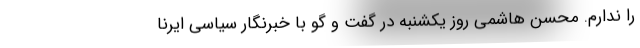
را ندارم. محسن هاشمی روز یکشنبه در گفت و گو با خبرنگار سیاسی ایرنا